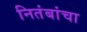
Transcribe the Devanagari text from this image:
नितंबांचा